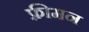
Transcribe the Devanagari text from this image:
फ़्रीमन